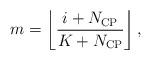
LaTeX: \begin{align*} m = \left\lfloor {\frac{{i + {N_{{\rm{CP}}}}}}{{K + {N_{{\rm{CP}}}}}}} \right\rfloor, \end{align*}